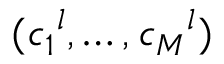
( \v _ { c _ { 1 } } ^ { l } , \dots , \v _ { c _ { M } } ^ { l } )